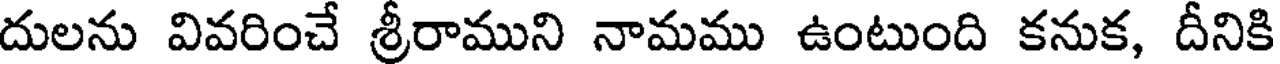
దులను వివరించే శ్రీరాముని నామము ఉంటుంది కనుక, దీనికి